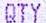
QTY